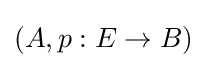
(A,p:E\to B)